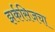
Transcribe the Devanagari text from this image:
झर्कसिजचा